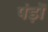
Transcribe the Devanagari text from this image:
पंड़ों